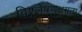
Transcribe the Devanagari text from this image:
विश्र्लेषणक्षमता